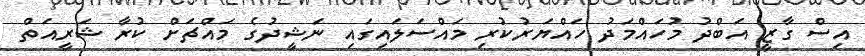
އިސް ގާޒީ އަބްދު މުހައްމަދު ހައްޔަރުކުރި މައްސަލައިގައި ނަޝީދުގެ މައްޗަށް ކުރާ ޝަރީއަތް